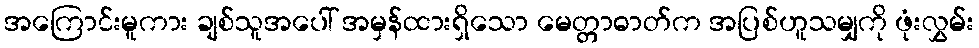
အကြောင်းမူကား ချစ်သူအပေါ် အမှန်ထားရှိသော မေတ္တာဓာတ်က အပြစ်ဟူသမျှကို ဖုံးလွှမ်း